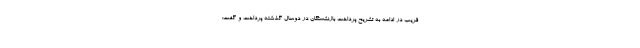
قریب در ادامه به تشریح پرداخت بازنشستگان در دوسال گذشته پرداخت و گفت: